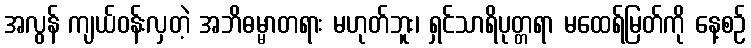
အလွန် ကျယ်ဝန်းလှတဲ့ အဘိဓမ္မာတရား မဟုတ်ဘူး၊ ရှင်သာရိပုတ္တရာ မထေရ်မြတ်ကို နေ့စဉ်